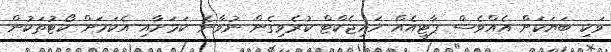
ވަކި ބަޔަކަށް އެއްވެސް ޕާޓީއެއް ހައިޖެކްޓް ކުރެވިގެން ނުވާނެ ކަމަށާއި އެކަމަށް ކޯޓުތަކުން